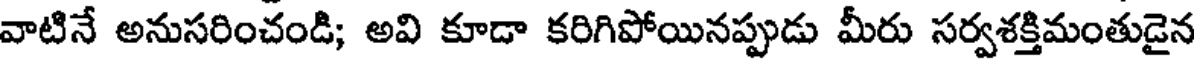
వాటినే అనుసరించండి; అవి కూడా కరిగిపోయినప్పుడు మీరు సర్వశక్తిమంతుడైన